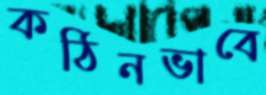
কঠিনভাবে